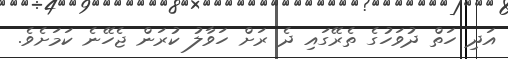
އަދި ހަތް ދުވަހުގެ ތެރޭގައި ދެ ރަށް ހަވާލު ކުރަން ޖެހޭނެ ކަމަށެވެ.